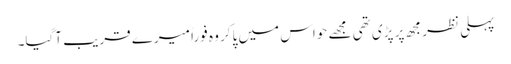
پہلی نظر مجھ پر پڑی تھی مجھے حواس میں پاکر وہ فوراً میرے قریب آگیا۔